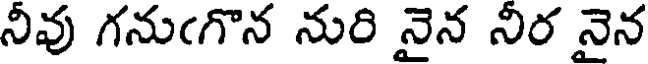
నీవు గను(గొన నురి నైన నీర నైన